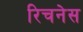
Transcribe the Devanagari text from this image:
रिचनेस